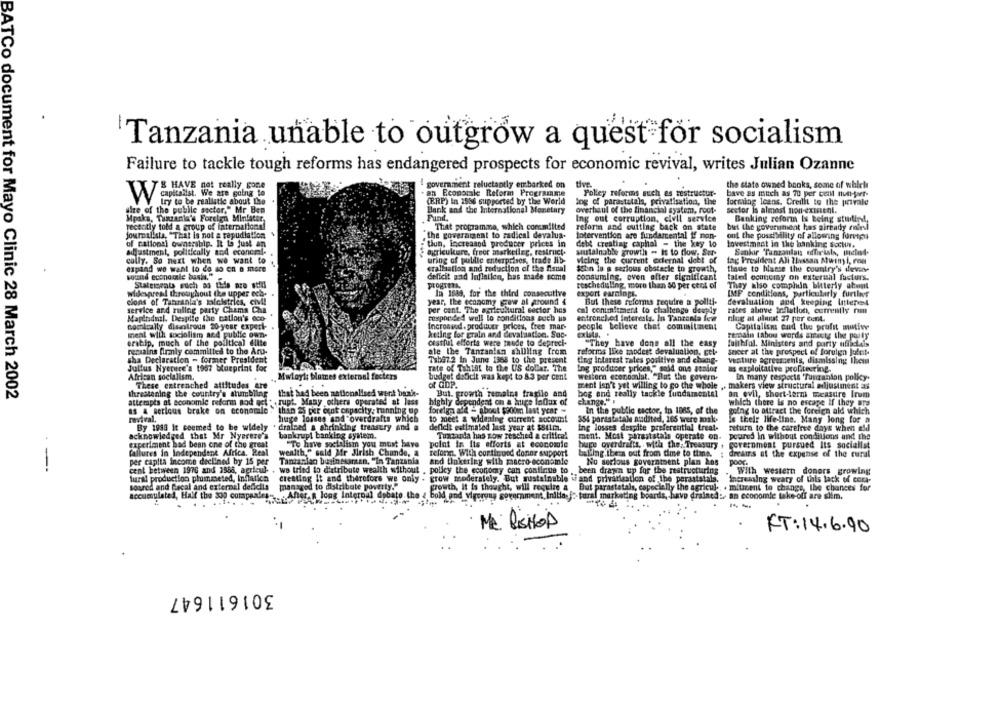
.
Tanzania unable to outgrow a quest for socialism
Failure to tackle tough reforms has endangered prospects for economic revival, writes Julian Ozanne
government reluctantly embarked on tive.
the state owned banks, some of which
T& HAVE not really gone
an Ecomorale Reform Programme
Polley reforms such as restructur-
bave as much as 70 per cent null-forr-
V capitalist, We are going to
try to be realistic about the
(ERP) In 1556 supported by the World
log of parastalals, privatisation, the
forming loans. Credit to the privale
site of the public sector," Mr Ben
Bank and the International Monetary
overhaul of the financial system, root-
sector is almost non-existent.
a, Tanzania's Foreign Minfacer
Ing out corruption, civil service
Banking reform Is being sturlind,
recently told a group of International
That programma, which coremilted
reform and cutting back on state
but the government has airenthy malesl
journalista, "That is not a repudiation $
the government to radical devalua-
Intervention are fundamental if man-
ont the possibility of allowing forrtpa
of cational ownership. It to just an
tiun, increased producer prices in
debt creating caphal - the key to
Investment in the banking suchu.
acastment, politically and econcml-
agriculture, freor marketler, restruct.
sustainable growth - is to flow. Sur
colly. So next when we want to
uring of public enterprises, trade lib-
Micing the current edernal debt of
tag President All ?lvssan Mwinyl, rou
expand we want to do so on a more
cralliation and reduction of the fiscal
isbn la a serious obstacle to growth,
tinue to hianse the country's slevin-
sound economie busia."
deficit and Inflation, has made some
consuming, even after significant
tated economy on external factors.
Statements such so this are still
progres
rescheduling, more than 50 per cent of
They also comphun bitterly about
widespread throughout the upper och-
li 1549, for the third consecutive
export earnings.
IMF conditions, particularly furtles
cions of Tahranla's taleistries, civil
year, the economy grow al around 4
But these reforms require a pollti-
devaluation and keeping Unttere4
service ard ruling party Chama Cha
per cent. The agricultural sector has
cal conumitment to challenge deuply
rates above Inflation, currently rum
Mapindul. Despite the cation's eco-
responded will lo conditions such us
entronel.ed Interests. In Tanzania few
niog at alunat 27 per cent.
comkully disolrous 20 year experi-
Incrossed . producer prices, free mar-
people believe that commitment
Capitalism cud the profit mutive
meal with socialism and public own-
keting for grain and devaluation. Soc-
remain tabou words apasty the posty
eratip, much of the political ditte
cessful efforts were made to depreci-
"They have done all the easy
faithfal. Ministers and party ufiadals
remains firmly committed to the Aru-
ate the Tanzanian shilling from
reforins like maodest devaluation, get-
sneer at the prospect of foreign Julet-
sha Declaration - former President
7sb97.2 In June 1368 to the present
ting Interest rates positive and chang-
venture agreements, dismissing them
Julius Nyerere's 1967 blueprint for
rate of Tahial to the US dollar. The
Ing producer prices," said one senior
as exploitative profiteering.
African socialism.
Mwloyl blutes external facters
budget deficit was kept to 8.3 per cent
western economist. "But the govern-
in many respects 'Tuuzanlan polky.
These entrenched attitudes are
of GDP.
ment isn't yet willing to go the whole
. makers view structural adjustment as
BATCo document for Mayo Clinic 28 March 2002
threatening the country's stumbling
that had been nationalised went bank-
But. growth remains fragile and
bog and really tackle fundamental
an evil, short-term wastre Irum
attempts at economie reform aod act. , rupt. Many others operated at less
highly dependent on a huge influx of
change."
which there is no escape if they are
as & serious brake on economale
foreign ata - about $ooon last year -
In the public sector, in 1865, of the
going to attract the foreign ald which
"thin 25 per ount onpacity: running up
huge lossns and overdrafts which
revival.
to meet a widening current socount
354 parastatale audited, 165 were mak-
is their life-line. Many long for a
By 1948 It seemed to be widely
· drained a shrinking treasury and a
deflet estimated last year at $841m.
ing losses despite preferential treat-
return to the carefree days when aid
acknowledged that Mr Nyerere's
bankrupt banking system.
Tuntanda has now reached a critical
ment. Most parastatale operate on- poured in without conditions and the
experiment had been one of the great
"To have socialism you must have
point in its efforts at economie
huge overdrafts, with the, Treasury . government pursued Its socialist
(allures in Independent Africa. Real
wealth," said Mr Jirish Chande, a
refonn. With continued donor support
balling.ibera out from time to tine. ; dreams at the expense of the rural
per capita income declined by 15 per
Tanzanian businesantan. "In Tanzania
and tinkering with macro-economie
No serious government plan Ans
poor.
--
cent between 1970 and 1966, agricul- . wo tried to distribute wealth without , policy the economy can continue to , been drawn up for the restructuring
With western donors growing
tural production plummeted, Inflation
creating it and therefore we only . grow moderately, But sustainable wand privatisation of the perastatals.
Increasing weary of this lack of cora-
soured and Bacal and external deficiis
managed to distribute poverty."
growth, it is thought, will require a But parastatale, especially the agricul .. . mitcent to change, the chances for
accumulated, Half the 3op companies
After. R long Internal dobato the & bold and_
porque severnment, Inilla.]> tural marketing boards, have rained :- an economie take-off are slim.
---
Me liSHOP
FT: 14. 6.90
301611647